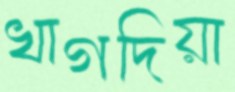
খাগদিয়া